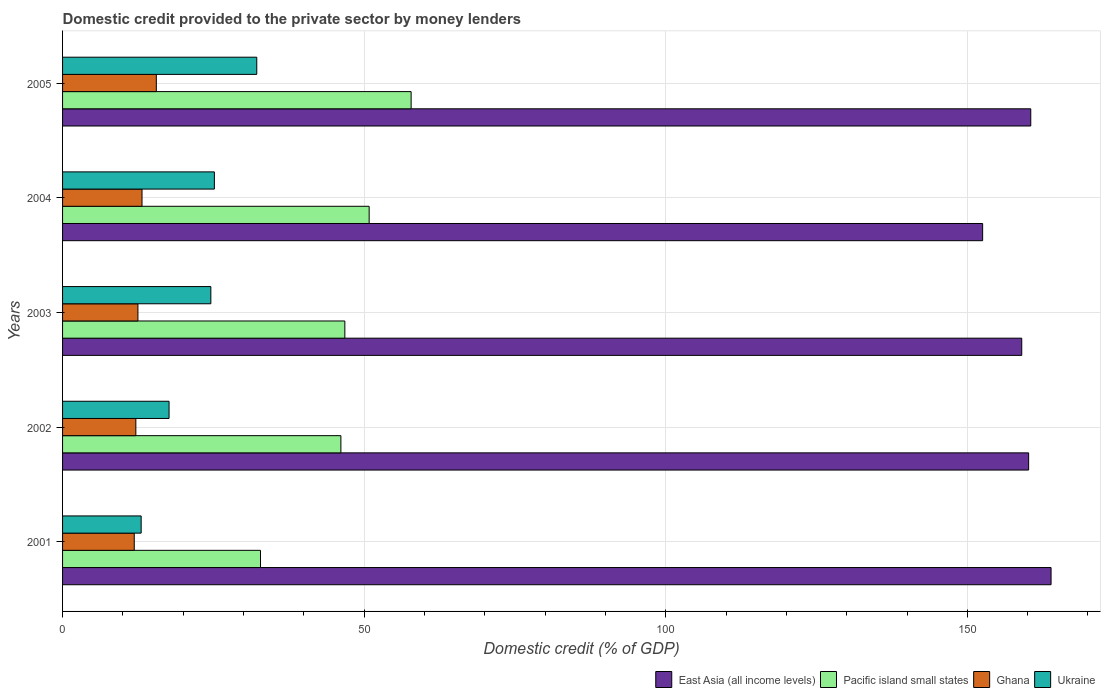
| Years | East Asia (all income levels) | Pacific island small states | Ghana | Ukraine |
 | --- | --- | --- | --- | --- |
 | 2001 | 164 | 32.8 | 11.9 | 13 |
 | 2002 | 160 | 46.1 | 12.1 | 17.7 |
 | 2003 | 159 | 46.8 | 12.5 | 24.6 |
 | 2004 | 153 | 50.8 | 13.2 | 25.2 |
 | 2005 | 161 | 57.8 | 15.5 | 32.2 |